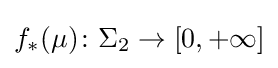
f_{*}(\mu )\colon \Sigma _{2}\to [0,+\infty ]